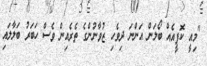
"މިއީ ކޮފީއެއް ބޯލަން އަންނަ ދިވެހި ޒުވާނުންގެ ތެރެއިން ވެސް ހަބަރު ބަލާލައި